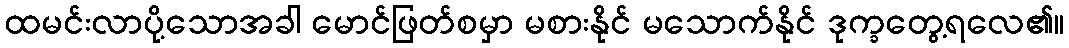
ထမင်းလာပို့သောအခါ မောင်ဖြတ်စမှာ မစားနိုင် မသောက်နိုင် ဒုက္ခတွေ့ရလေ၏။